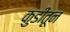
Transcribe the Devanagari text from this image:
कुडीतून